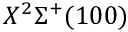
X ^ { 2 } \Sigma ^ { + } ( 1 0 0 )